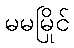
မမမြိုင်